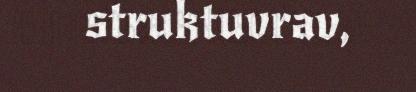
struktuvrav,